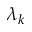
\lambda _ { k }